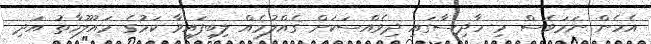
އެހެން ނަމަވެސް މި ހާދިސާގައި ދިވެއްސަކަށް ގެއްލުމެއް ލިބިފައިވާ ކަމުގެ މައުލޫމާތު އަދި